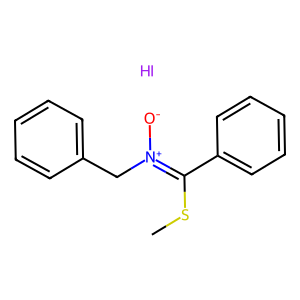
SMILES: CSC(c1ccccc1)=[N+]([O-])Cc1ccccc1.I
Inhibits HIV replication: No